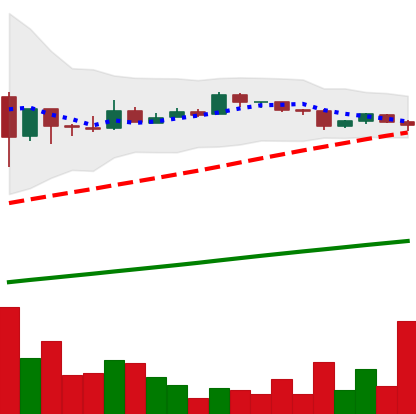
Ticker: BTC-USD
Chart end date: 2016-07-26
Forward return: -4.158%
Label: down_3_5